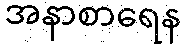
အနာစာရေန